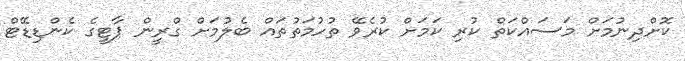
ކޮށްދިނުމަށް މަސައްކަތް ކުރި ކަމަށް ކުރެވޭ ތުހުމަތުތައް ބެލުމަށް ގްރީން ޕާޓީގެ ކެންޑިޑޭޓް